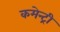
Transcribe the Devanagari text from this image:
कमेन्ट्री